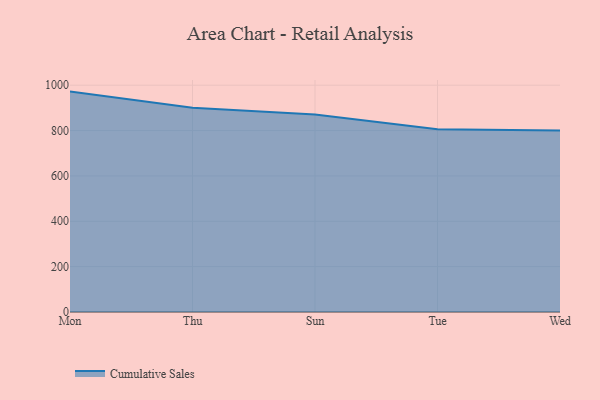
{"axis": {"x": "Day", "y": "Bounce Rate (%)"}, "legend": ["Cumulative Sales"], "data": [{"x": "Mon", "y": 971.8, "type": "Cumulative Sales"}, {"x": "Thu", "y": 901.0, "type": "Cumulative Sales"}, {"x": "Sun", "y": 871.1, "type": "Cumulative Sales"}, {"x": "Tue", "y": 806.1, "type": "Cumulative Sales"}, {"x": "Wed", "y": 800, "type": "Cumulative Sales"}]}